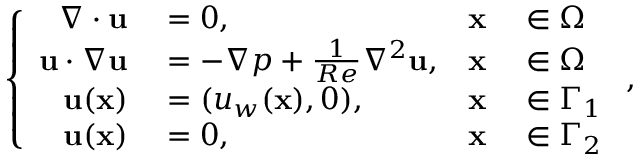
\left\{ \begin{array} { r l r l } { \nabla \cdot { \mathbf { u } } } & { { } = 0 , } & { \mathbf { x } } & { { } \in \Omega } \\ { { \mathbf { u } } \cdot \nabla { \mathbf { u } } } & { { } = - \nabla p + \frac { 1 } { R e } { \nabla ^ { 2 } } { \mathbf { u } } , } & { \mathbf { x } } & { { } \in \Omega } \\ { \mathbf { u } ( \mathbf { x } ) } & { { } = ( u _ { w } ( \mathbf { x } ) , 0 ) , } & { \mathbf { x } } & { { } \in \Gamma _ { 1 } } \\ { \mathbf { u } ( \mathbf { x } ) } & { { } = 0 , } & { \mathbf { x } } & { { } \in \Gamma _ { 2 } } \end{array} \right. ,